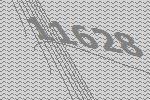
11628